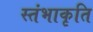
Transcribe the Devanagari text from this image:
स्तंभाकृति